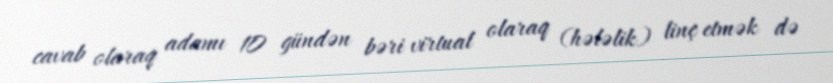
cavab olaraq adamı 10 gündən bəri virtual olaraq (hələlik) linç etmək də